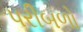
પરીબળો